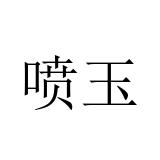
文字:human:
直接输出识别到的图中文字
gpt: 喷玉